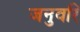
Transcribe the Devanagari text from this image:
जनुवरि